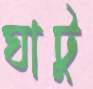
ঘাটু